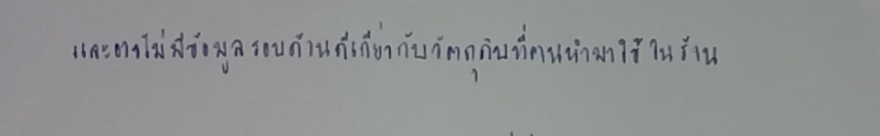
และอาจไม่มีข้อมูลรอบด้านดีเกี่ยวกับวัตถุดิบที่ตนนำมาใช้ในร้าน